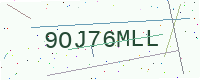
Text: 9OJ76MLL